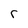
Character: r